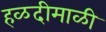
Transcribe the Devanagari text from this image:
हळदीमाळी